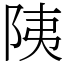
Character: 䧅